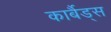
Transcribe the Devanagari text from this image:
कार्बैड्स